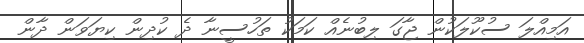
އަމިއްލަ ސުކޫލަކުން ޖާގަ ލިބުނެއް ކަމަކު ތަހުސީނާ ދެ ކުދިން ކިޔަވަން ދާން